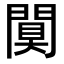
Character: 𨵢